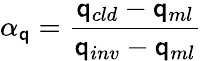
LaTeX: \alpha_{\mathsf{q}}=\frac{{\mathsf{q}_{cld}-\mathsf{q}_{ml}}}{{\mathsf{q}_{inv}-\mathsf{q}_{ml}}}